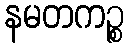
နမတကဉ္စ